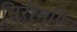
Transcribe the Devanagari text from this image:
सिरोमणि